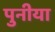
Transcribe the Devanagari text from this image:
पुनीया